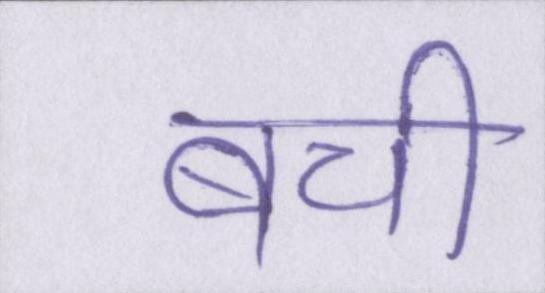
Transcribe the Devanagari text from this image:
बची